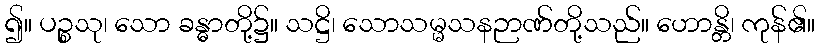
၍။ ပဉ္စသု၊ သော ခန္ဓာတို့၌။ သဋ္ဌိ၊ သောသမ္မသနဉာဏ်တို့သည်။ ဟောန္တိ၊ ကုန်၏။